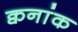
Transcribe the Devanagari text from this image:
क्वनांक